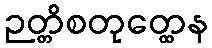
ဉတ္တိစတုတ္ထေန